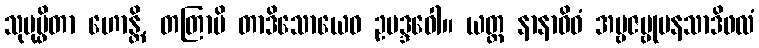
သုပုပ္ဖိတာ ဟောန္တိ, တတြာပိ တာဒိသောယေဝ ဥပဒ္ဒဝေါ။ ယတ္ထ နာနာဝိဓံ အမ္ဗဇမ္ဗုပနသာဒိဖလံ